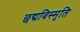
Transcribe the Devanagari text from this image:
छद्मविस्मृति